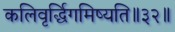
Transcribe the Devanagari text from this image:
कलिवृर्द्धिगमिष्यति॥३२॥